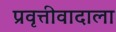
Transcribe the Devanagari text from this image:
प्रवृत्तीवादाला